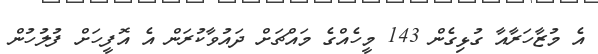
އެ މުޒާހަރާއާ ގުޅިގެން 143 މީހެއްގެ މައްޗަށް ދައުވާކުރަން އެ އޮފީހަށް ފުލުހުން